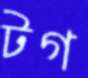
টগ